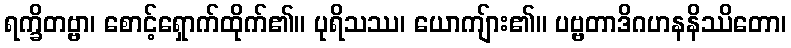
ရက္ခိတဗ္ဗာ၊ စောင့်ရှောက်ထိုက်၏။ ပုရိသဿ၊ ယောကျ်ား၏။ ပဗ္ဗတာဒိဂဟနနိဿိတော၊